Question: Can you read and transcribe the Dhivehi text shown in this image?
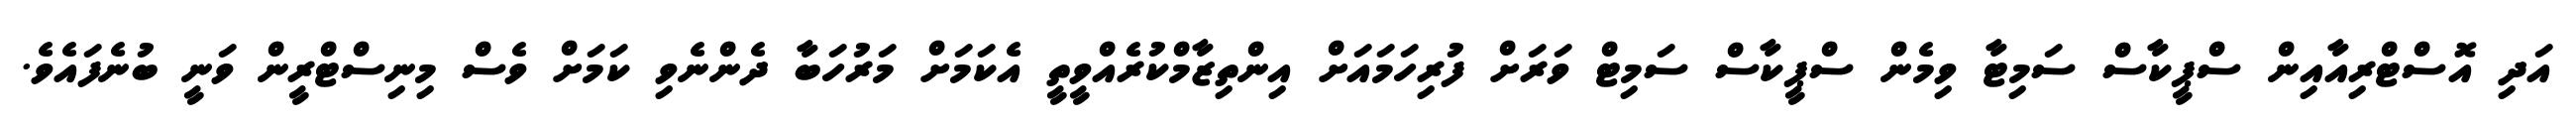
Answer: އަދި އޮސްޓްރިއާއިން ސްޕީކާސް ސަމިޓާ ވިމެން ސްޕީކާސް ސަމިޓް ވަރަށް ފުރިހަމައަށް އިންތިޒާމްކުރެއްވީތީ އެކަމަށް މަރުހަބާ ދެންނެވި ކަމަށް ވެސް މިނިސްޓްރީން ވަނީ ބުނެފައެވެ.